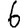
Digit: 6